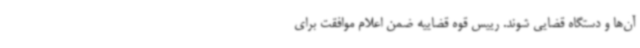
آن‌ها و دستگاه قضایی شوند. رییس قوه قضاییه ضمن اعلام موافقت برای